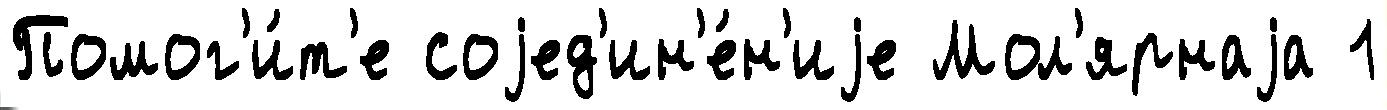
Помог'и́т'е соjед'ин'е́н'иjе Мол'ярнаjа 1